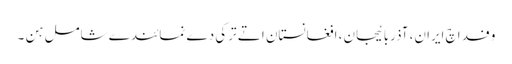
وفد اچ ایران، آذربائیجان، افغانستان اتے ترکی دے نمائندے شامل ہن ۔